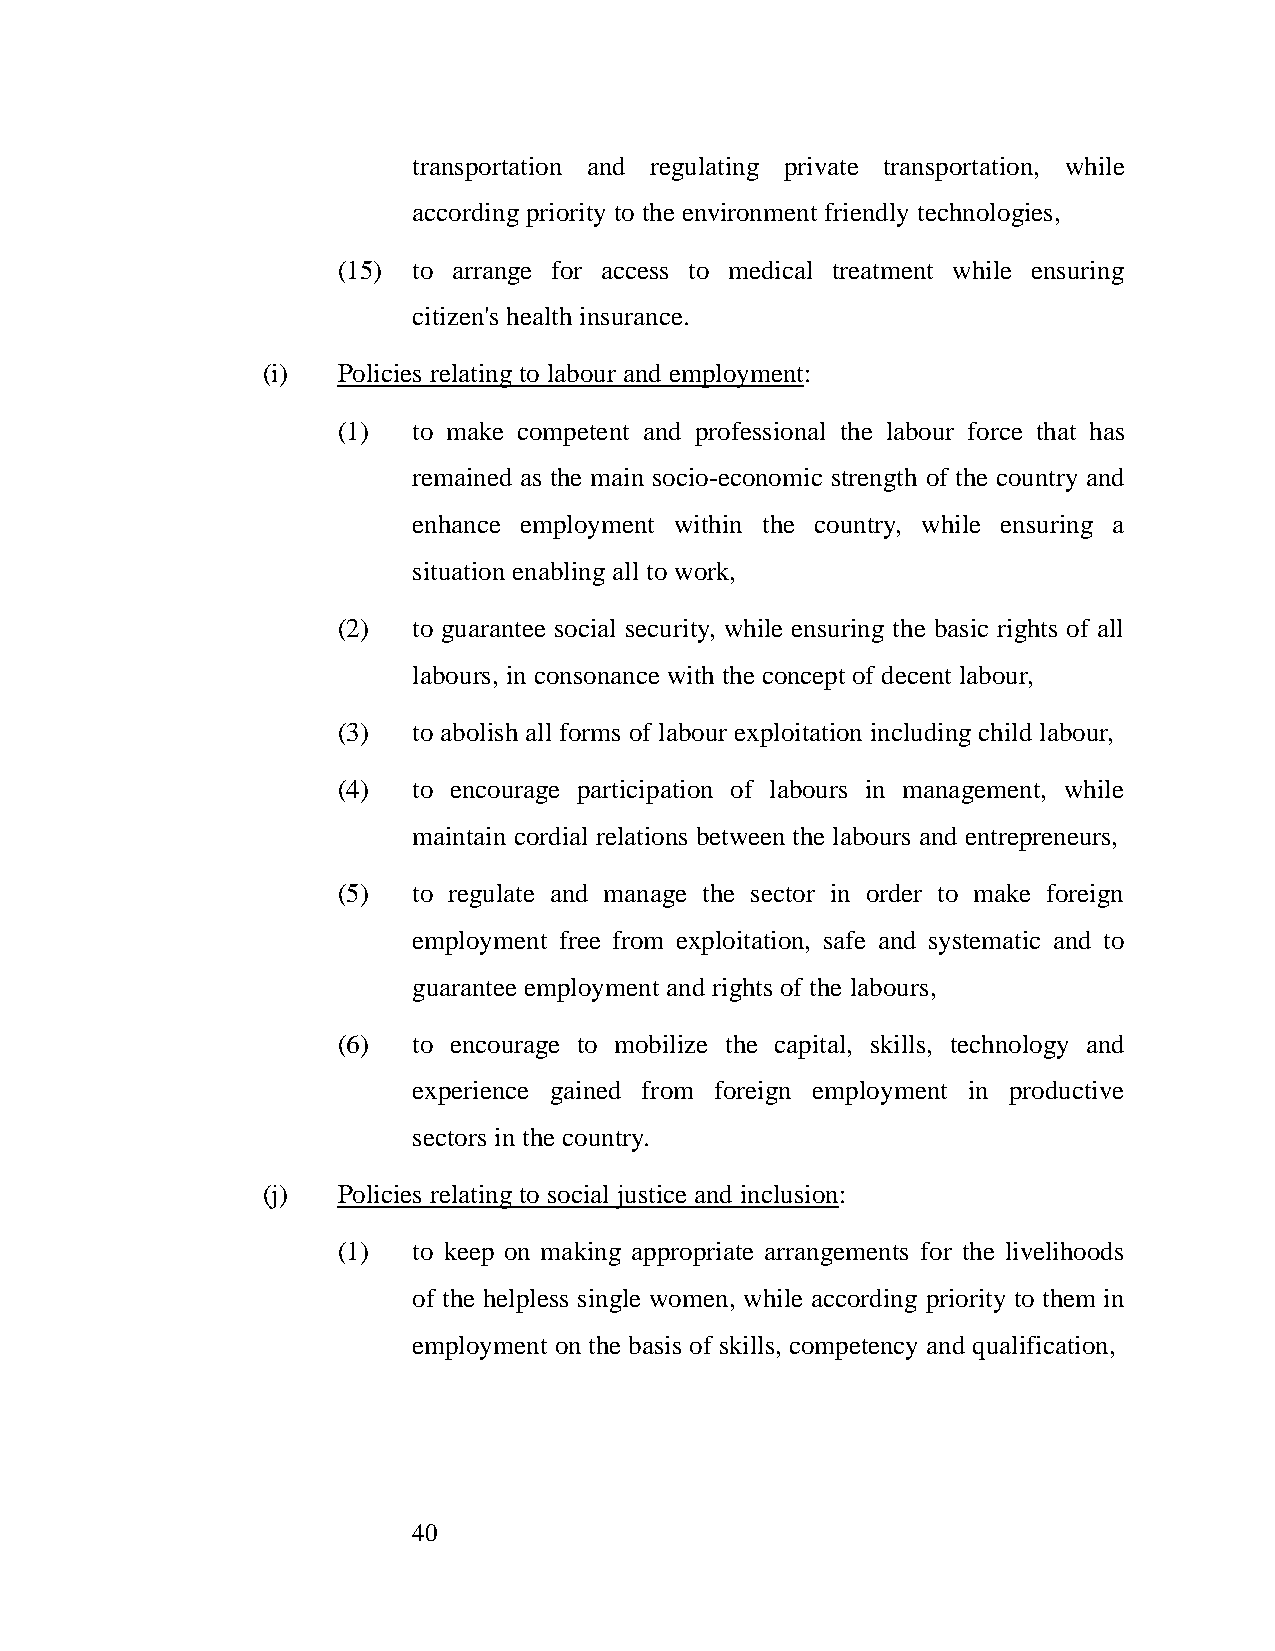
transportation and regulating private transportation, while
 according priority to the environment friendly technologies,
 (15) to arrange for access to medical treatment while ensuring
 citizen's health insurance.
 (i)  Policies relating to labour and employment:
 (1)  to make competent and professional the labour force that has
 remained as the main socio-economic strength of the country and
 enhance employment within the country, while ensuring a
 situation enabling all to work,
 (2)  to guarantee social security, while ensuring the basic rights of all
 labours, in consonance with the concept of decent labour,
 (3)  to abolish all forms of labour exploitation including child labour,
 (4)  to encourage participation of labours in management, while
 maintain cordial relations between the labours and entrepreneurs,
 (5)  to regulate and manage the sector in order to make foreign
 employment free from exploitation, safe and systematic and to
 guarantee employment and rights of the labours,
 (6)  to encourage to mobilize the capital, skills, technology and
 experience gained from foreign employment in productive
 sectors in the country.
 (j)  Policies relating to social justice and inclusion:
 (1)  to keep on making appropriate arrangements for the livelihoods
 of the helpless single women, while according priority to them in
 employment on the basis of skills, competency and qualification,
 40